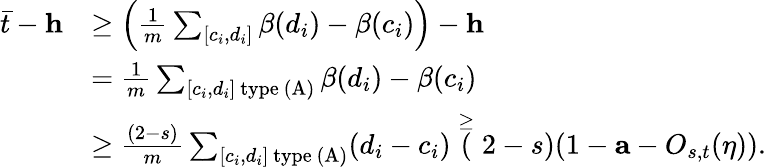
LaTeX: \begin{array}{rl}{\bar{t}-\mathbf{h}}&{\geq\Big(\frac{1}{m}\sum_{[c_{i},d_{i}]}\beta(d_{i})-\beta(c_{i})\Big)-\mathbf{h}}\\ &{=\frac{1}{m}\sum_{[c_{i},d_{i}]\mathrm{~type~(A)}}\beta(d_{i})-\beta(c_{i})}\\ &{\geq\frac{(2-s)}{m}\sum_{[c_{i},d_{i}]\mathrm{~type~(A)}}(d_{i}-c_{i})\stackrel{\geq}(2-s)(1-\mathbf{a}-O_{s,t}(\eta)).}\end{array}